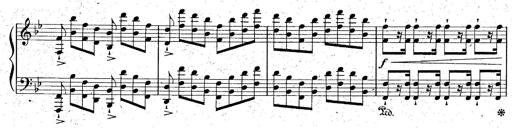
Title: La Marseillaise
Composer: Franz Liszt
Key: B-flat major